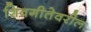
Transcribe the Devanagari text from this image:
शिवगीतेवरील